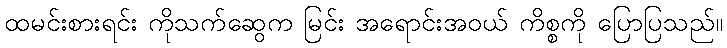
ထမင်းစားရင်း ကိုသက်ဆွေက မြင်း အရောင်းအဝယ် ကိစ္စကို ပြောပြသည်။